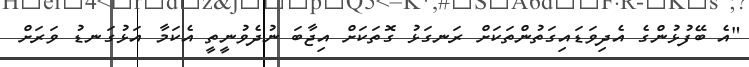
"އެ ބޭފުޅުންގެ އެދިވަޑައިގަތުންތަކަށް ރަނގަޅު ގޮތަކަށް އިޖާބަ ނުދެވުނީތީ އެކަމާ އަޅުގަނޑު ވަރަށް